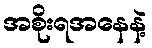
အစိုးရအနေနဲ့